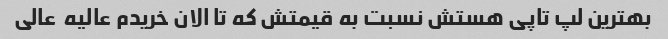
بهترین لپ تاپی هستش نسبت به قیمتش که تا الان خریدم عالیه  عالی